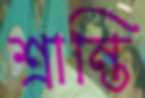
শ্রান্তি